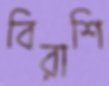
বিরাশি